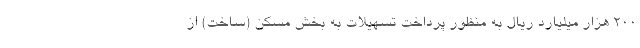
۲۰۰ هزار میلیارد ریال به منظور پرداخت تسهیلات به بخش مسکن (ساخت) از